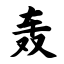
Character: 轰